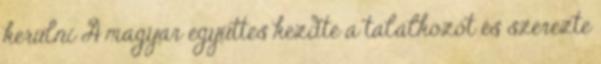
kerülni A magyar együttes kezdte a találkozót és szerezte